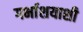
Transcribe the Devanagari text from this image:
गर्भाशयाशी